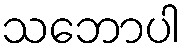
သဘောပါ